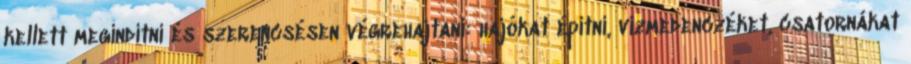
kellett megindítni és szerencsésen végrehajtani: hajókat építni, vizmedenczéket, csatornákat